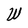
Character: W